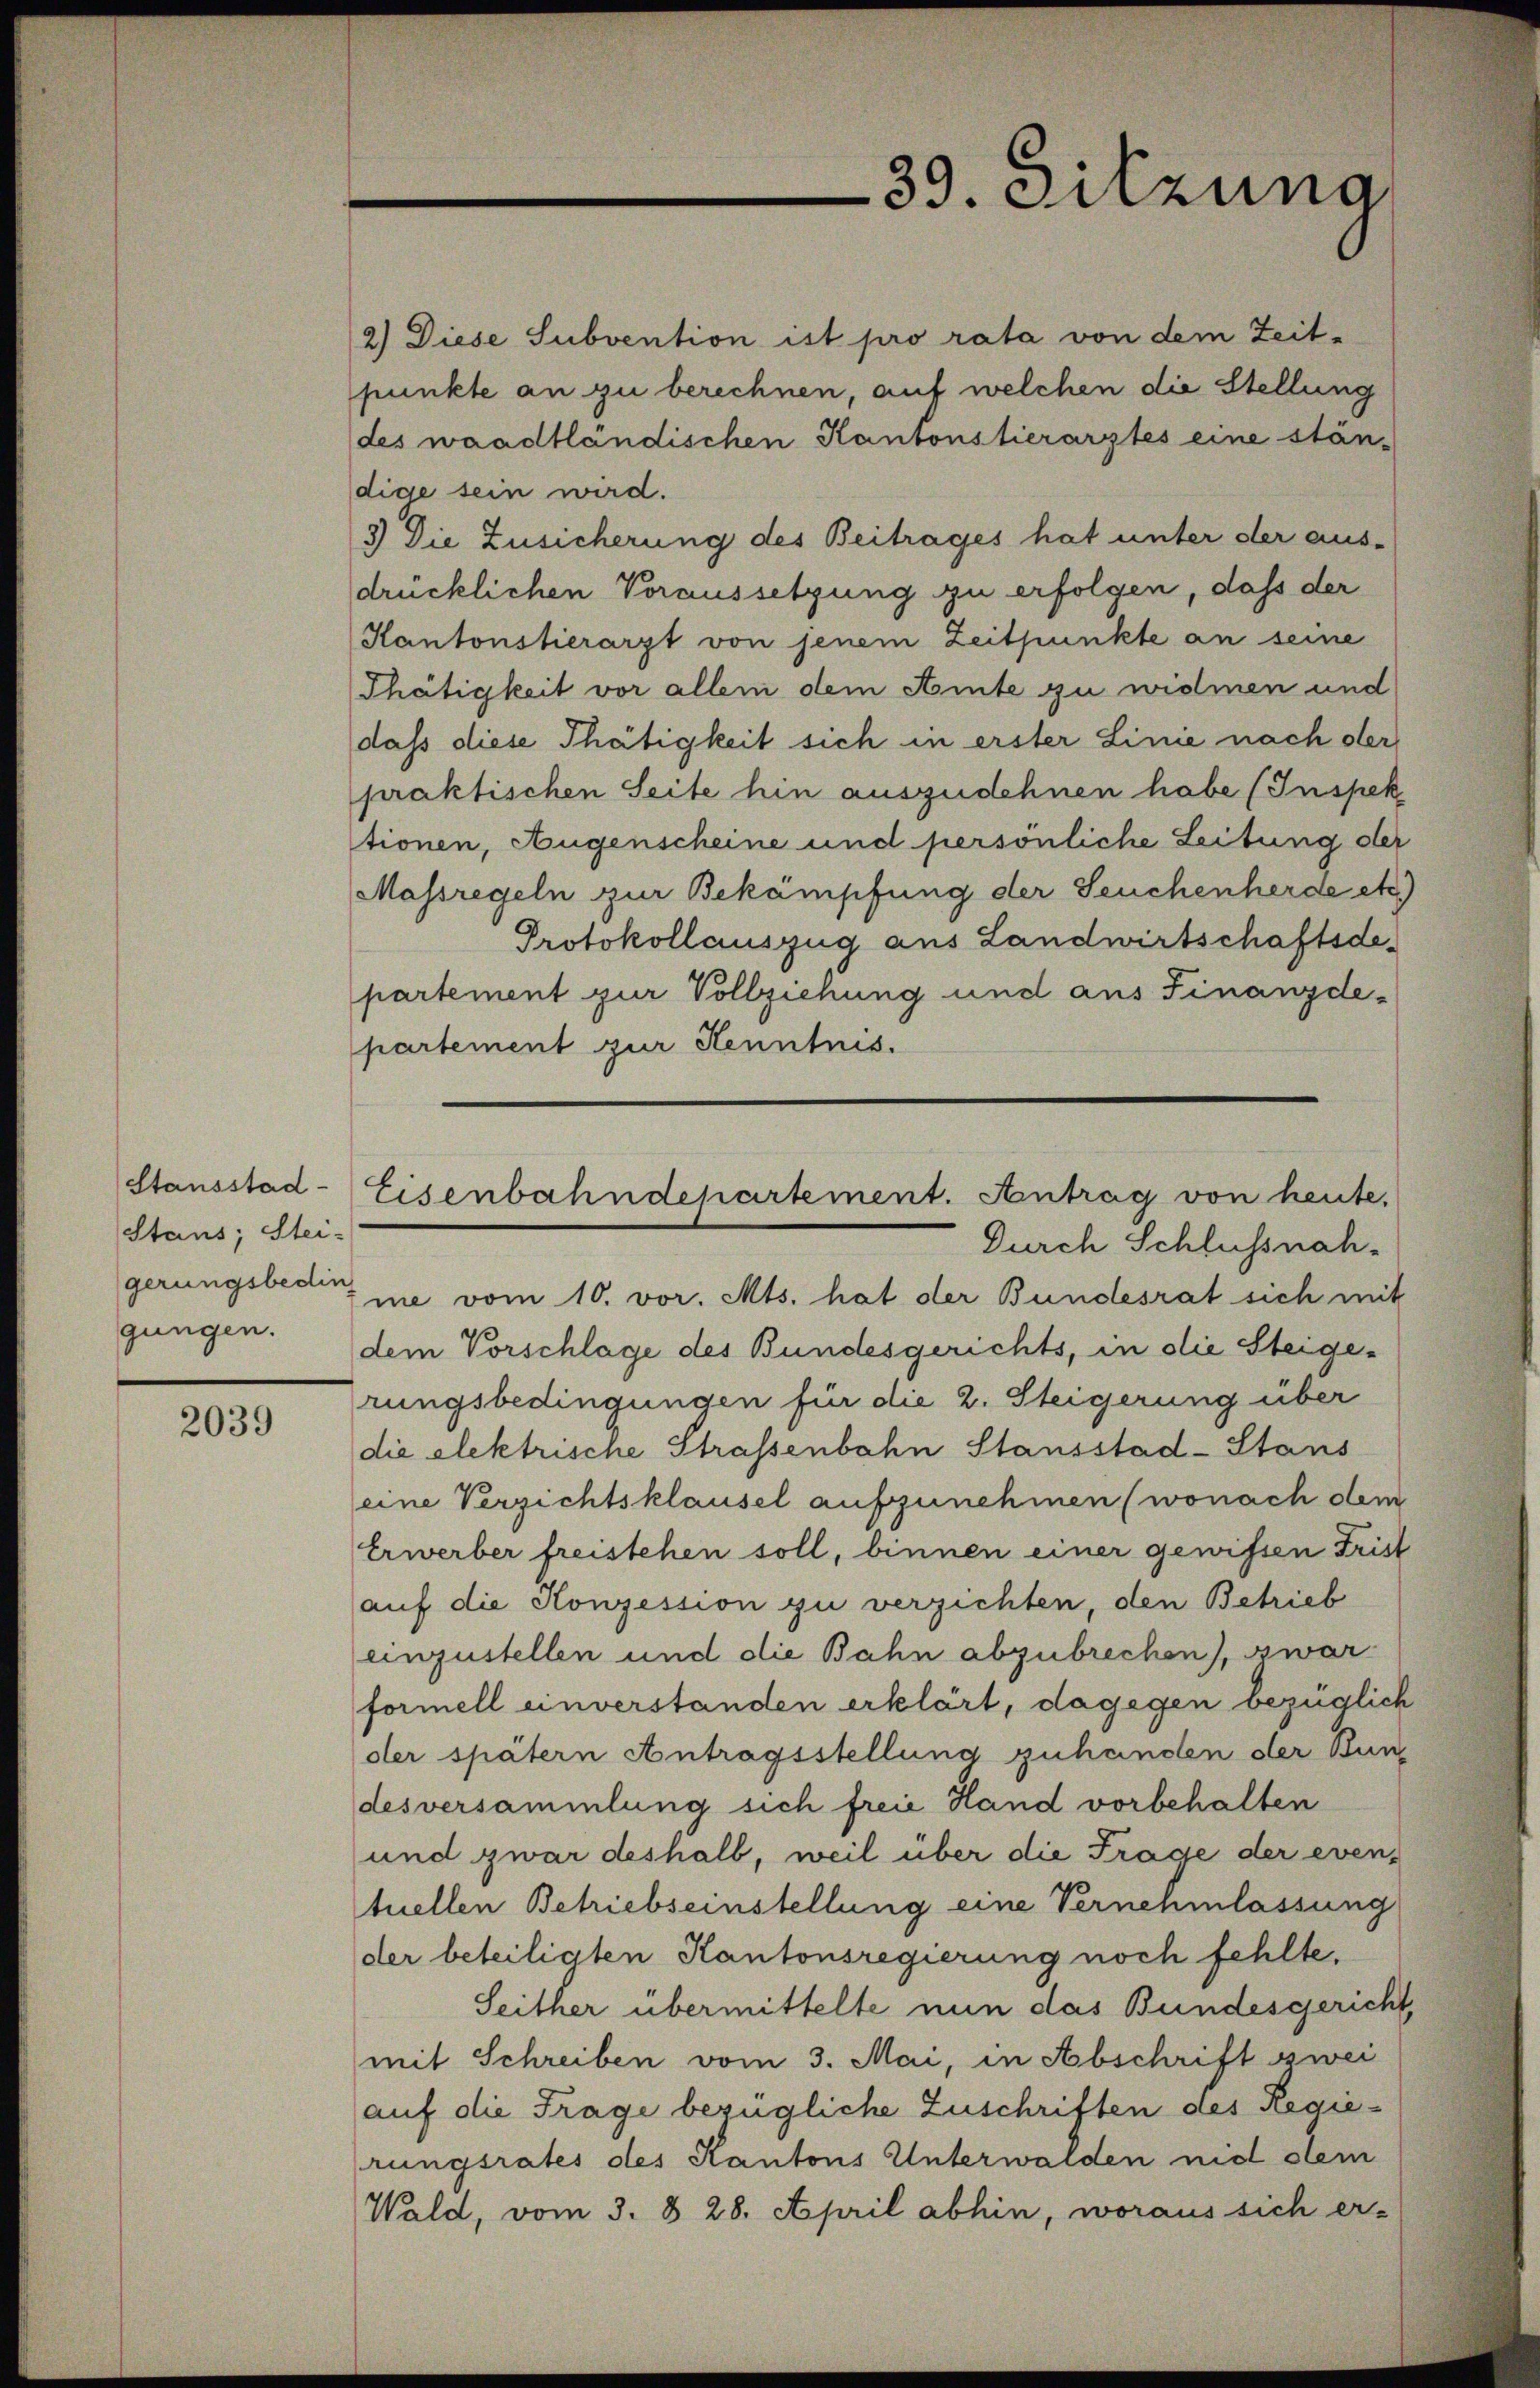
Stausstad
Staus; Stei-
gerungsbedin
gungen.

2039

39. Sitzung

2) Diese Subvention ist pro rata von dem Zeitpunkte an zu berechnen, auf welchen die Stellung
(des waadtländischen Kantonstierarztes eine stän-
dige sein wird.
3) Die Zusicherung des Beitrages hat unter der aus-
drücklichen Voraussetzung zu erfolgen, dass der
Kantonstierarzt von jenem Zeitpunkte an seine
Thätigkeit vor allem dem Amte zu widmen und
dass diese Thätigkeit sich in erster Linie nach der
praktischen Seite hin auszudehnen habe (Inspek
tionen, Augenscheine und persönliche Leitung der
Massregeln zur Bekämpfung der Seuchenherde etc
Protokollauszug aus Landwirtschaftsdepartement zur Vollziehung und aus Finanzde-
partement zur Kenntnis.
Durch Schlussnah-
me vom 10. vor. Mts. hat der Bundesrat sich mit
dem Vorschlage des Bundesgerichts, in die Steigerungsbedingungen für die 2. Steigerung über
die elektrische Strassenbahn Stausstad-Stans
eine Verzichtsklausel aufzunehmen (wonach dem
Erwerber freistehen soll, binnen einer gewissen Fris
auf die Konzession zu verzichten, den Betrieb
einzustellen und die Bahn abzubrechen), zwar
formell unverstanden erklärt, dagegen bezüglich
der spätern Antragsstellung zuhanden der Bun
desversammlung sich freie Hand vorbehalten
und zwar deshalb, weil über die Frage der eventuellen Betriebseinstellung eine Vernehmlassung
der beteiligten Kantonsregierung noch fehlte.
Seither übermittelte nun das Bundesgericht
mit Schreiben vom 3. Mai, in Abschrift zwei
auf die Frage bezügliche Zuschriften des Regierungsrates des Kantons Unterwalden nid dem
Wald, vom 3. § 28. April abhin, woraus sich er-

Eisenbahndepartement. Antrag von heute.